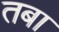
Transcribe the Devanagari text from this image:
तबा